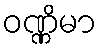
ဝဏ္ဏိမာ